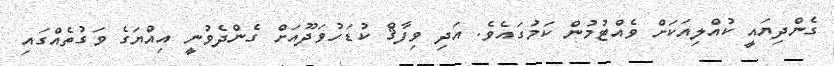
ގެންދިޔައީ ކުއްލިއަކަށް ވެއްޓުމުން ކަމުގައެވެ. އަދި ވިފާޤް ކުޑަހުވަދޫއަށް ގެންދެވުނީ އިއްޔަގެ ވަގުތެއްގައި